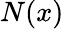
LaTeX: N(x)